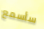
سأسمع